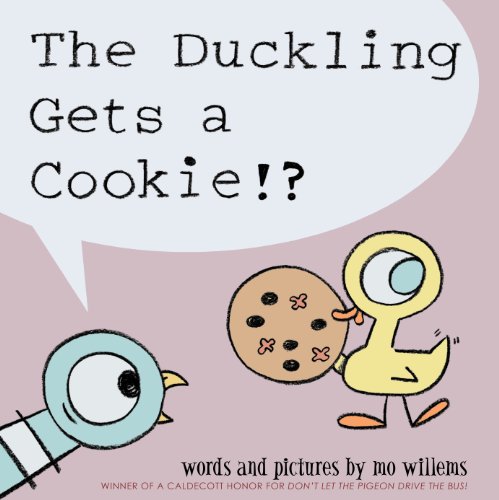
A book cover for The Duckling Gets a Cookie!? (Pigeon); Mo Willems; Children's Books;